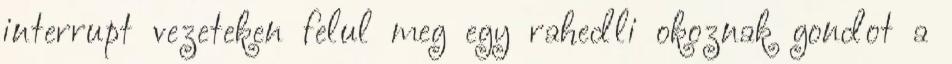
interrupt vezeteken felul meg egy rahedli okoznak gondot a